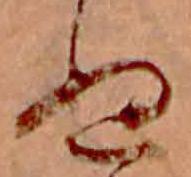
ぬ